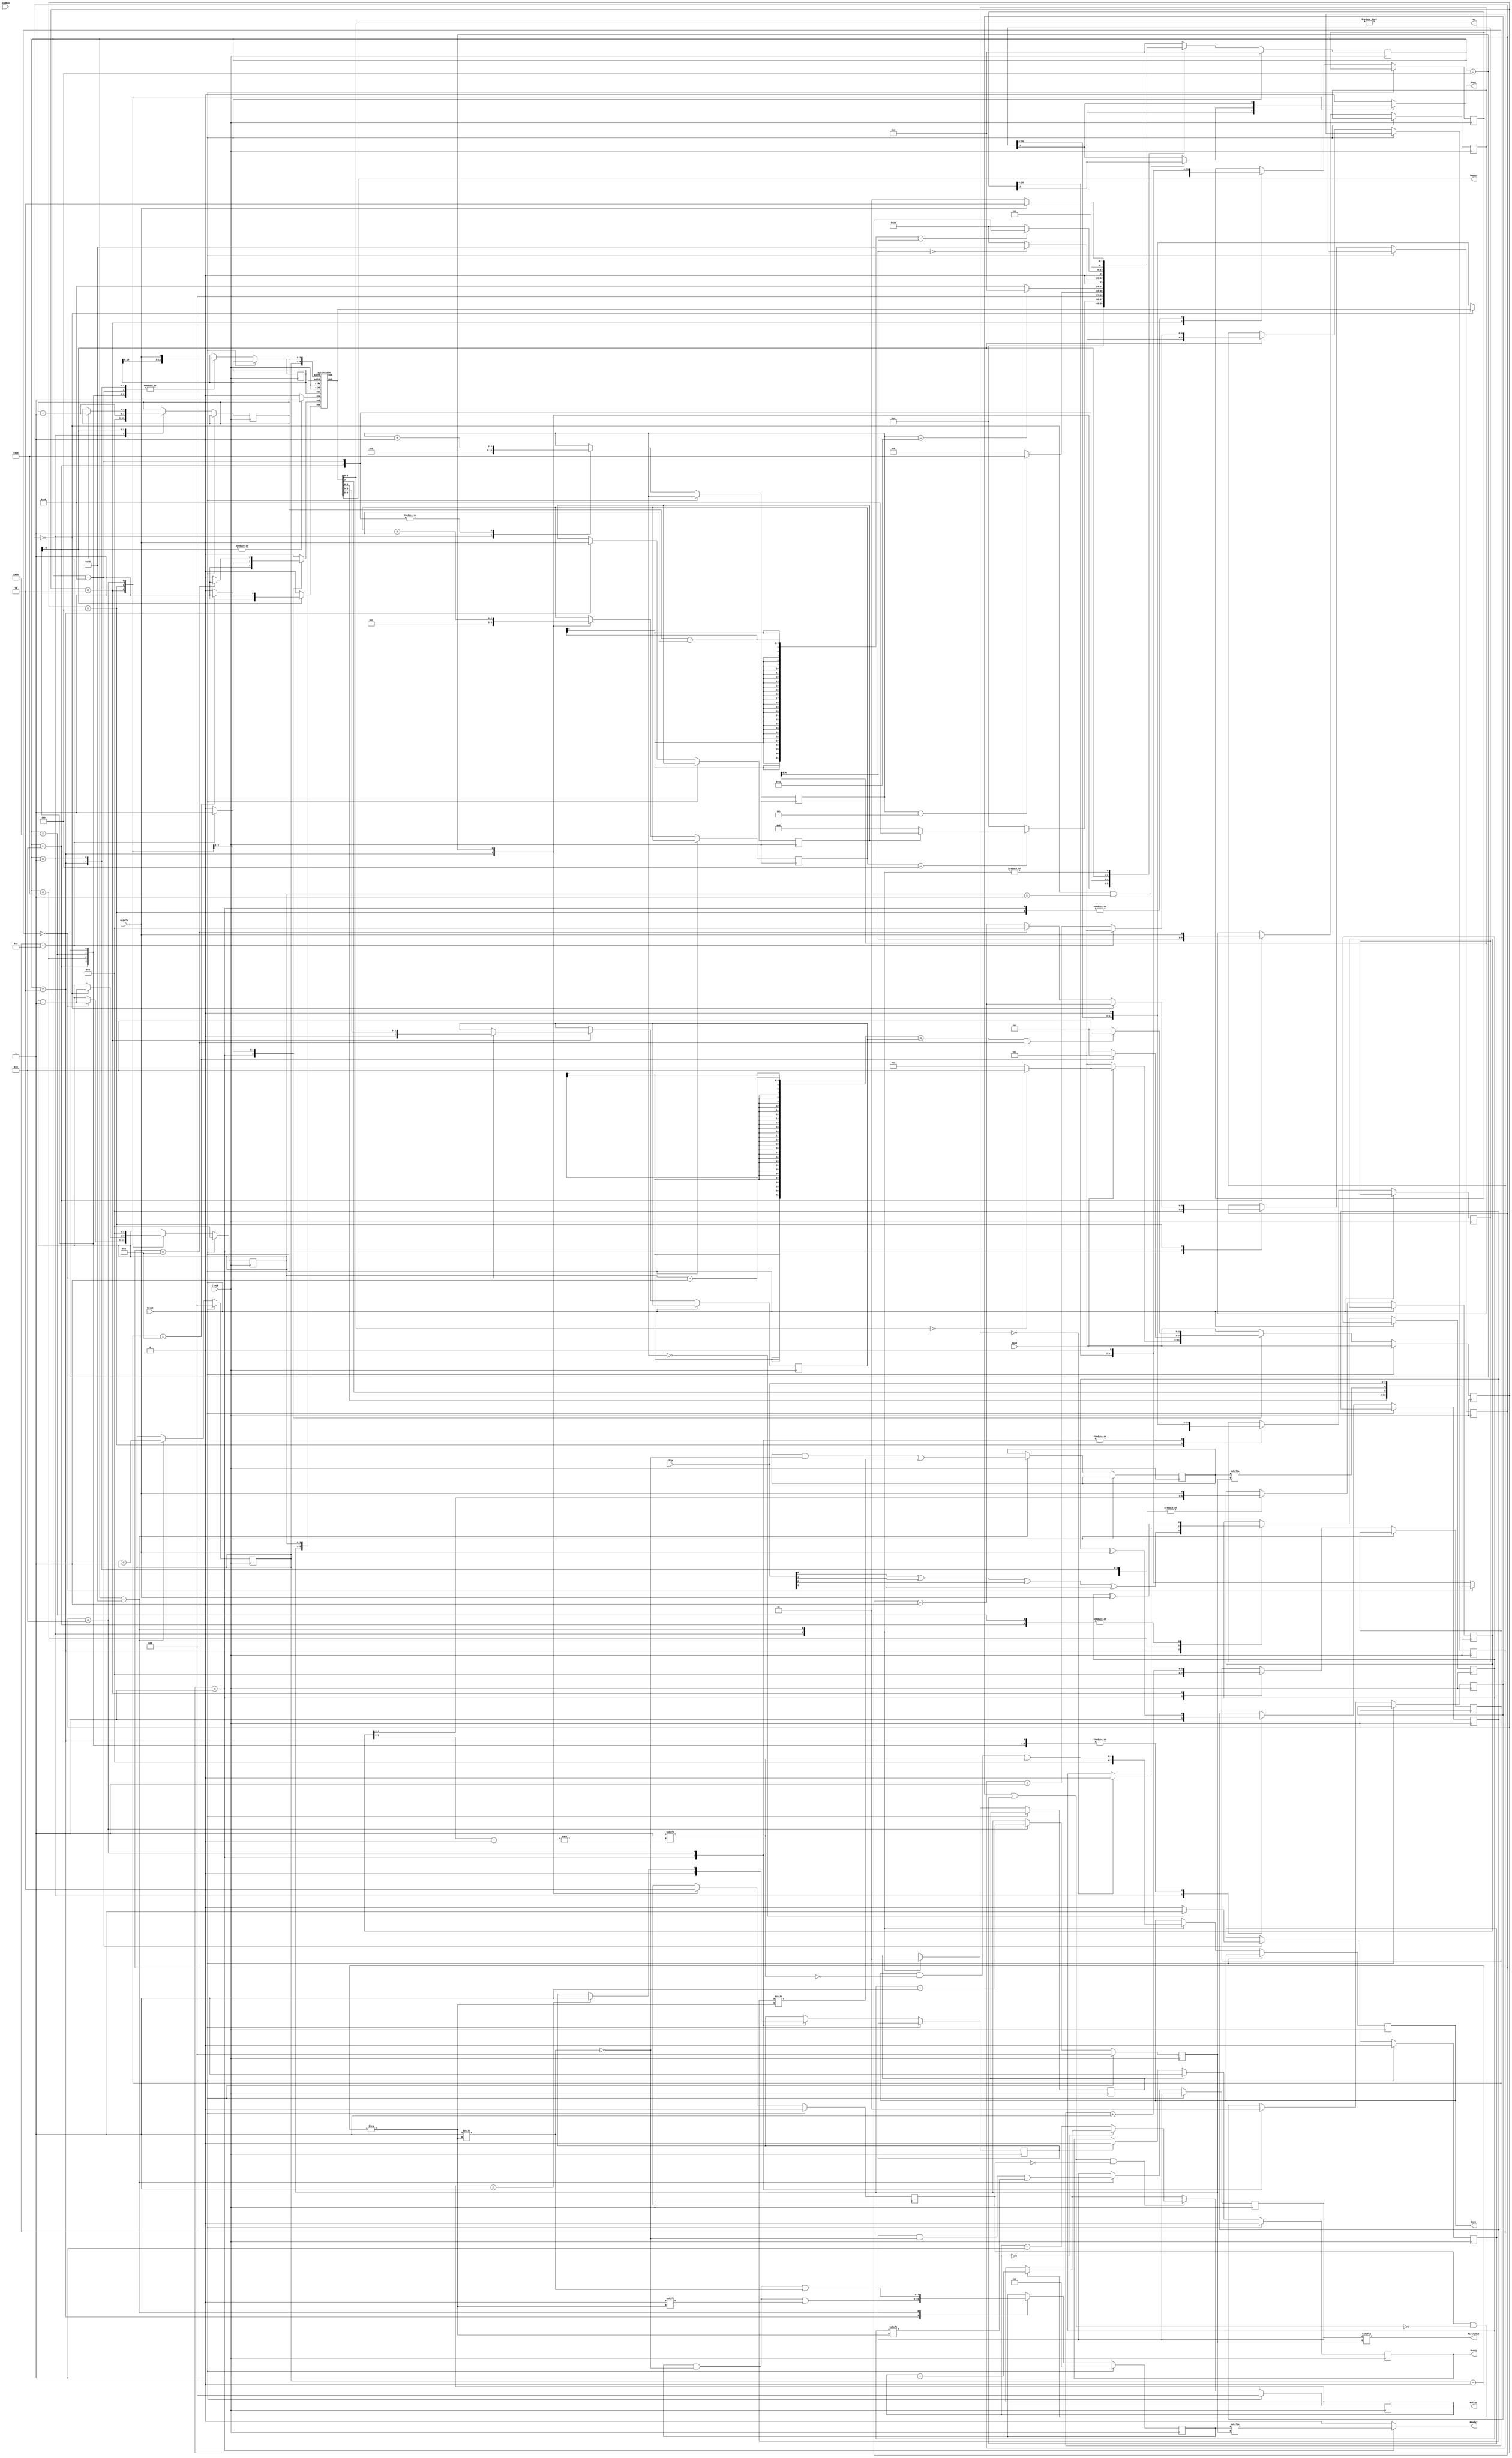
//Module to buffer the serial data stream from a single pCTFE64 chip and then
//output it into the serial output stream when ready
//R. Johnson
//April 7, 2014: change state vectors to be 1-hot and removed negative clock edge process

module DataMon (Chip, Clock, Reset, DataIn, EndRun, Send, Done, Ready, FCL, TagOut, Dout, BufCnt, Ready2, ParityOut);
input [3:0] Chip;       //ID of the chip being monitored
input Clock;            //System clock
input Reset;			//Hard system reset
input DataIn;           //Serial data stream
input EndRun;           //Signal to end the run
input Send;             //Signal to start sending cluster data out from next buffer
output [3:0] Done;      //Signal that the end of event read was reached for the corresponding buffer
output Ready;           //Held true when the chip has data available to output into the merged stream
output FCL;             //A flag to indicate presence of clusters
output [1:0] TagOut;    //Trigger tag of data in next buffer
output Dout;            //Serial output stream of cluster data
output [2:0] BufCnt;    //Status of the 8 buffers in this instance of DataMon
output Ready2;          //Current output buffer is ready for reading
output ParityOut;       //Parity of the data in the current buffer

wire [3:0] Chip;                  
reg [3:0] Done;
wire FCL;
wire [1:0] TagOut;
reg [2:0] BufCnt;
reg Dout;
wire Send;
reg Ready, Ready2, ParityOut, ErrBit;

reg ReadyOn, ReadyOff, DParity, PrtyChk;
reg [4:0] NCL;
wire [1:0] Tag;                    //Trigger tag extracted from the event stream

//reg [31:0] NEvtOut;               //Count number of events read out

reg [2:0] WritePtr;               //Next Buffer to write to
reg [2:0] ReadPtr;                //Next Buffer to read from

reg [5:0] Header;
reg [5:0] NumClus;        //Information extracted from the incoming data stream
//reg [11:0] Output0 [0:10];        //Buffer of all the cluster info from an event; the 0th entry is for the header
//reg [11:0] Output1 [0:10];        //The pCTFE64 chip can never output more than 10 clusters
//reg [11:0] Output2 [0:10];
//reg [11:0] Output3 [0:10];
//reg [11:0] Output4 [0:10];
reg [7:0] BufReady;               //A flag for each buffer to indicate that it is ready to read
reg [7:0] BufParity;              //Parity of the data in each output buffer
reg [7:0] PrtyErr;				  //Parity of the data in each input event (should be zero)
reg [11:0] DataWord;              //Temporary storage for shifting data in
reg [2:0] CntH;                   //Count header bits
reg [3:0] CntC;                   //Count cluster bits
reg [6:0] CntN;                   //Count bits in the number of clusters
reg [3:0] Addr;                   //Count clusters
reg PacketType;                   //Distinguish events from register readback

wire [6:0] addra, addrb;    	//addresses for the dual-port memory
reg ena, enb, wea;   			//enables for the memory

//Enumeration of states for the data monitor machine
parameter [7:0] Idle = 8'b00000001;   //Wait for start bit
parameter [7:0] Hdr1 = 8'b00000010;   //Get first bit of header
parameter [7:0] Hdrr = 8'b00000100;   //Shift out header
parameter [7:0] Nclu = 8'b00001000;   //Shift out cluster number
parameter [7:0] Init = 8'b00010000;   //Initiate data output
parameter [7:0] Shft = 8'b00100000;   //Shift out data
parameter [7:0] EOEV = 8'b01000000;   //End of event
parameter [7:0] Regs = 8'b10000000;   //Shift out register data
reg [7:0] State, NextState;

//Enumeration of states for the data sending machine
parameter [3:0]  Wait = 4'b0001;    //Wait for a start signal
parameter [3:0]  Hdro = 4'b0010;    //Stream out the header info
parameter [3:0]  Strm = 4'b0100;    //Stream out the cluster info
parameter [3:0]  Incr = 4'b1000;    //Increment the read pointer
reg [3:0] StateSend, NextStateSend;
reg [3:0] Scntc;
reg [3:0] Scntb;
reg [3:0] Scnth;

reg [11:0] OutBuf,OutBuf2;
wire [11:0] Word0, doa;
reg IncrBufCnt, DecrBufCnt, Decr2BufCnt;
//reg [31:0] NBuf0,NBuf1,NBuf2,NBuf3,NBuf4,NBuf5;

//Debug printout.  
//parameter Debug = 1'b1;
//initial begin
//  if (Chip == 4'b0011 && Debug) begin
//    $display(" time    State StateSend DataIn   Dout Header NumClus     DataWord  NCL Addr CntC OutBuf      Word0      OutBuf2   Scntc Scntb Done Ready ReadPtr WritePtr Incr Decr BufCnt Snd BfRdy Rd2 FCL TgOut ena enb wea   addra   addrb     doa bfprty prtout");
//  end
//end

//always @ (posedge Clock) begin
//  if (Chip == 4'b0011) begin
//    $display("%g\t %b      %b      %b        %b   %b  %b  %b %2d %2d   %2d %b %b %b %2d  %2d    %b   %b    %2d       %2d     %b     %b    %h    %b   %b  %b     %b  %b %b %b %b %b %b %b %b   %b",       $time,State,StateSend,DataIn,Dout,Header,NumClus,DataWord,NCL,Addr,CntC,OutBuf,Word0,OutBuf2,Scntc,Scntb,Done,Ready,ReadPtr,WritePtr,IncrBufCnt,DecrBufCnt,BufCnt,Send,BufReady,Ready2,FCL,TagOut,ena,enb,wea,addra,addrb,doa,BufParity,ParityOut);
//  end
//end

assign FCL = Word0[4:0] != 0;
assign Tag = Header[3:2];
assign TagOut = Word0[9:8];

//Keep track of the buffer occupancy in this instance. 
always @ (posedge Clock) 
begin
  if (Reset) begin
    BufCnt <= 0;
//	NBuf0<= 0;
//	NBuf1<= 0;
//	NBuf2<= 0;
//	NBuf3<= 0;
//	NBuf4<= 0;
//	NBuf5<= 0;
  end else begin
//   case (BufCnt)
//	  3'b000: NBuf0 <= NBuf0 + 1;
//	  3'b001: NBuf1 <= NBuf1 + 1;
//	  3'b010: NBuf2 <= NBuf2 + 1;
//	  3'b011: NBuf3 <= NBuf3 + 1;
//	  3'b100: NBuf4 <= NBuf4 + 1;
//	  3'b101: NBuf5 <= NBuf5 + 1;   //Should only increment this in an error condition
//	  default: NBuf0 <= NBuf0 + 1;	  
//	endcase
    if (IncrBufCnt && !(DecrBufCnt || Decr2BufCnt)) begin
	  BufCnt <= BufCnt + 1;
//	  if (BufCnt >= 7) $display("%g\t DataMon: buffer overflow!  BufCnt=%h",$time,BufCnt);
	end
	if ((DecrBufCnt || Decr2BufCnt) && !IncrBufCnt) begin
	  if (BufCnt == 0) begin
//	    $display("%g\t DataMon: buffer underflow!",$time);
	  end else BufCnt <= BufCnt - 1;
	end
  end
end

always @ (BufParity or PrtyErr or ReadPtr) 
begin
	ParityOut = BufParity[ReadPtr]; 
	ErrBit = PrtyErr[ReadPtr];
end

//State machine to send the cluster information out
always @ (StateSend or Send or Scntc or Scntb or Scnth or NCL or ReadPtr or BufReady or Word0 or OutBuf or OutBuf2)
begin
  case (StateSend)
    Wait: begin
			enb = 1;                    //Read the header from memory
			Dout = 0;
			Ready2 = BufReady[ReadPtr];
	        if (Send == 1'b1) 
	          if (Word0[4:0] == 0)
			    NextStateSend = Incr;
			  else
	            NextStateSend = Hdro;
		    else
		      NextStateSend = Wait;
		  end
	Hdro: begin
	        Ready2 = 1'b0;
			Dout = OutBuf[11];
	        if (Scnth == 11) begin
			  enb = 1;                  //Read the first cluster from memory
	          NextStateSend = Strm;
		    end else begin
			  enb = 0;
              if (Word0[4:0] == 0)
                NextStateSend = Incr;
              else			  
		        NextStateSend = Hdro;
			end
		  end
	Strm: begin
			if (Scntb==0 && Scntc==1) Dout = OutBuf[11]; else Dout = OutBuf2[11];
			if (Scntb == 11) enb = 1; else enb = 0;  //Read the next cluster from memory
	        Ready2 = 1'b0;
	        if (Scntc-1 == NCL && Scntb == 11) 
	          NextStateSend = Incr;
		    else
		      NextStateSend = Strm;
		  end
	Incr: begin
			Dout = OutBuf2[11];
			enb = 0;
	        Ready2 = 1'b0;
	        NextStateSend = Wait;
		  end
	default:	begin
					NextStateSend = Wait;
					Dout = 1'b0;
					Ready2 = 1'b0;
					enb = 1'b0;
				end
  endcase
end

always @ (posedge Clock)
begin
  if (Reset) begin
    StateSend <= Wait;
	ReadPtr <= 0;
	Scntc <= 0;
  end else begin
    StateSend <= NextStateSend;
	case (StateSend)
	  Wait: begin
			  OutBuf <= {OutBuf[10:0], 1'b0};  //Just to flush out buffer
			  OutBuf2 <= {OutBuf2[10:0], 1'b0};
              Scntb <= 0;
			  Scnth <= 0;
			  ReadyOff <= 0;
			  DecrBufCnt <= 0;
	        end
	  Hdro: begin
              if (Scnth == 0) begin
				OutBuf <= {Word0[5:0],Word0[7],ErrBit,Chip};   //Put together the chip header
				NCL <= Word0[3:0];
				Scntc <= Scntc + 1;
		      end else begin
				OutBuf <= {OutBuf[10:0], 1'b0};
		      end
		      Scnth <= Scnth + 1;
	        end
	  Strm: begin
			  OutBuf <= {OutBuf[10:0], 1'b0};
	          if (Scntb == 0) begin
				OutBuf2 <= Word0;
				Scntc <= Scntc + 1;
				Scntb <= Scntb + 1;
			  end else begin
			    OutBuf2 <= {OutBuf2[10:0], 1'b0};
			    if (Scntb == 11)
				  Scntb <= 0;
				else
			      Scntb <= Scntb + 1;
			  end
	        end
	  Incr: begin
	          ReadPtr <= ReadPtr + 1;
			  Scntc <= 0;
			  DecrBufCnt <= 1;
              if (BufCnt == 1) ReadyOff <= 1;
			  OutBuf2 <= {OutBuf2[10:0], 1'b0};
			end
	endcase
  end
end

//Update the output status flag on every clock edge
always @ (posedge Clock)
begin
  if (Reset) begin
    Ready <= 0;
  end else begin
    if (ReadyOn) begin
	  Ready <= 1;
	end else if (ReadyOff) begin
	  Ready <= 0;
	end
  end
end

//State machine for monitoring the incoming data stream
always @ (State or DataIn or CntH or CntC or CntN or NumClus or PacketType or Addr)
begin
  case(State)
    Idle: begin
			ena = 0; wea = 0;
			if (DataIn) NextState = Hdr1;
			else NextState = Idle;
		  end
	Hdr1: begin NextState = Hdrr; ena = 0; wea = 0; end
    Hdrr: begin
			if (CntH==4) begin
				if (PacketType)
					NextState = Regs;
				else
					NextState = Nclu;
			end else NextState = Hdrr;
		    ena = 0; wea = 0;
		  end
    Nclu: begin
			if (CntN==5) NextState = Init;
			else NextState = Nclu;
			ena = 0; wea = 0;
		  end
    Regs: begin
			if (CntN==66) NextState = Idle;
			else NextState = Regs;
			ena = 0; wea = 0;
		  end
    Init: begin
			if (NumClus[4:0]==0) begin
				NextState = EOEV;
			end else begin
				NextState = Shft;
			end
			ena = 1; wea = 1;
		  end
    Shft: begin
			if (Addr-1 == NumClus[4:0]) NextState = EOEV;
			else NextState = Shft;
			if (CntC==12) wea = 1; else wea = 0;
			ena = 1;
		  end
    EOEV: begin
			if (DataIn) NextState= Hdr1;
			else NextState = Idle;
			ena = 0; wea = 0;
		  end
	default:	begin
					NextState = Idle;
					ena = 0; wea = 0;
				end
  endcase
end

always @ (posedge Clock)
begin
  if (Reset) begin
    State <= Idle;
	WritePtr <= 0;
	IncrBufCnt <= 0;
	Decr2BufCnt <= 0;
	BufReady <= 0;
  end else begin
    State <= NextState;
    case(State)
      Idle: begin
              CntN <= 0;
			  Header <= {Header[4:0], DataIn};
              DataWord <= {DataWord[10:0], DataIn};
              Done<= 4'b0000;
			  ReadyOn <= 0;
			  PrtyChk <= 1;
			  Addr <= 0;
            end
	  Hdr1: begin
			  PrtyChk <= PrtyChk^DataIn;
			  Header <= {Header[4:0], DataIn};
			  DataWord <= {DataWord[10:0], DataIn};
			  DParity <= Chip[0]^Chip[1]^Chip[2]^Chip[3];
			  CntH <= 1;
			  PacketType <= DataIn;
			  IncrBufCnt <= 1;
			  BufReady[WritePtr] <= 0;
	        end
      Hdrr: begin
			  PrtyChk <= PrtyChk^DataIn;
			  Header <= {Header[4:0], DataIn};
			  DataWord <= {DataWord[10:0], DataIn};
			  IncrBufCnt <= 0;
              CntH <= CntH + 1;
            end
      Nclu: begin
			  PrtyChk <= PrtyChk^DataIn;
	          DParity <= DParity^DataIn;
              NumClus <= {NumClus[4:0], DataIn};
			  DataWord <= {DataWord[10:0], DataIn};
              CntN <= CntN + 1;
            end
      Regs: begin                              //This section should never execute during normal data acquisition
              CntN <= CntN + 1;
			  DataWord <= {DataWord[10:0], DataIn};
              if (CntN==0) begin
			    Decr2BufCnt <= 1;
//                if (Debug) $display("%g\t DataMon: Chip %h, New register readback.  Header=%b",$time,Chip,Header);
              end else begin
			    Decr2BufCnt <= 0;
//                if (((CntN)%6)==0 && Debug) $display("%g\t DataMon: Chip %h, Register word= h%h  b%b",$time,Chip,DataWord[5:0],DataWord[5:0]);
			  end
            end
      Init: begin
//              if (Debug) $display("%g\t DataMon: New event for chip %h.  Header=%b   NumClus=%b;  %2d Clusters; Tag=%b",$time,Chip,Header,NumClus,NumClus[4:0],Header[3:2]);
              CntC <= 1;
			  PrtyChk <= PrtyChk^DataIn;
			  DataWord <= {DataWord[10:0], DataIn};   //Shifts in just the first bit here
			  Addr <= Addr + 1;
			  if (NumClus == 0) DParity <= 1'b0;
            end
      Shft: begin
			  PrtyChk <= PrtyChk^DataIn;
              DataWord <= {DataWord[10:0], DataIn};
			  DParity <= DParity^DataIn;
//			  IncrBufCnt <= 0;
              if (CntC == 12) begin
//			    if (Debug) $display("%g\t DataMon: Chip %h, Cluster= %2d, %2d",$time,Chip,DataWord[11:6],DataWord[5:0]);
				Addr <= Addr + 1;
				CntC <= 1;
			  end else begin
			    CntC <= CntC + 1;
			  end
            end
      EOEV: begin
//	          IncrBufCnt <= 0;
//              if (NumClus[4:0]>0) begin
//			    if (Debug) $display("%g\t DataMon: Chip %h, Event output completed for tag %b",               $time,Chip,Tag);
//			  end else begin
//			    if (Debug) $display("%g\t DataMon: Chip %h, Event output completed for tag %b; BufCnt=%h",$time,Chip,Tag,BufCnt);
//			  end
//              NEvtOut <= NEvtOut + 1;
			  WritePtr <= WritePtr + 1;
			  ReadyOn <= 1;
			  BufReady[WritePtr] <= 1; 
			  BufParity[WritePtr] <= DParity; 
			  PrtyErr[WritePtr] <= PrtyChk;
			  Done[Tag]<= 1'b1;
            end
    endcase
  end
end

//always @ (posedge EndRun)  //All the $display commands are for debugging, not for the FPGA code
//begin
//  $display("%g\t DataMon: End of simulation for chip %h. Number of events out=%d. Buffer occupancies: %7d %7d %7d %7d %7d %7d",$time,Chip,NEvtOut,NBuf0,NBuf1,NBuf2,NBuf3,NBuf4,NBuf5);
//end

//Instantiate memory for the cluster buffers
assign addra = {WritePtr,Addr};
assign addrb = {ReadPtr,Scntc};
DataMonRAM RAMInstance(Clock, Clock, ena, enb, wea, addra, addrb, DataWord, doa, Word0);

endmodule

//Dual ported RAM with one write port:
module DataMonRAM (clka, clkb, ena, enb, wea, addra, addrb, dia, doa, dob);
input clka, clkb;
input wea;                  //Write enable
input ena, enb;             //Primary and secondary read enables
input [6:0] addra, addrb;   //Addresses for the primary and secondary ports
input [11:0] dia;           //Input data register to write to memory
output [11:0] doa, dob;     //Output registers for the two ports
reg [11:0] RAM [127:0];     //Memory array
reg [11:0] dob, doa;

always @(posedge clka)
begin
	if (ena)
	begin
		if (wea) begin
			RAM[addra]<=dia;  
			doa <= dia;
		end else doa <= RAM[addra];        //Write first, then read
	end
end

always @(posedge clkb)
begin
	if (enb)
	begin
		dob <= RAM[addrb];
	end
end
endmodule